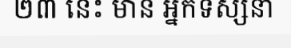
២៣ នេះ មាន អ្នកទស្សនា